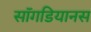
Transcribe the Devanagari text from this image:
सॉगडियानस